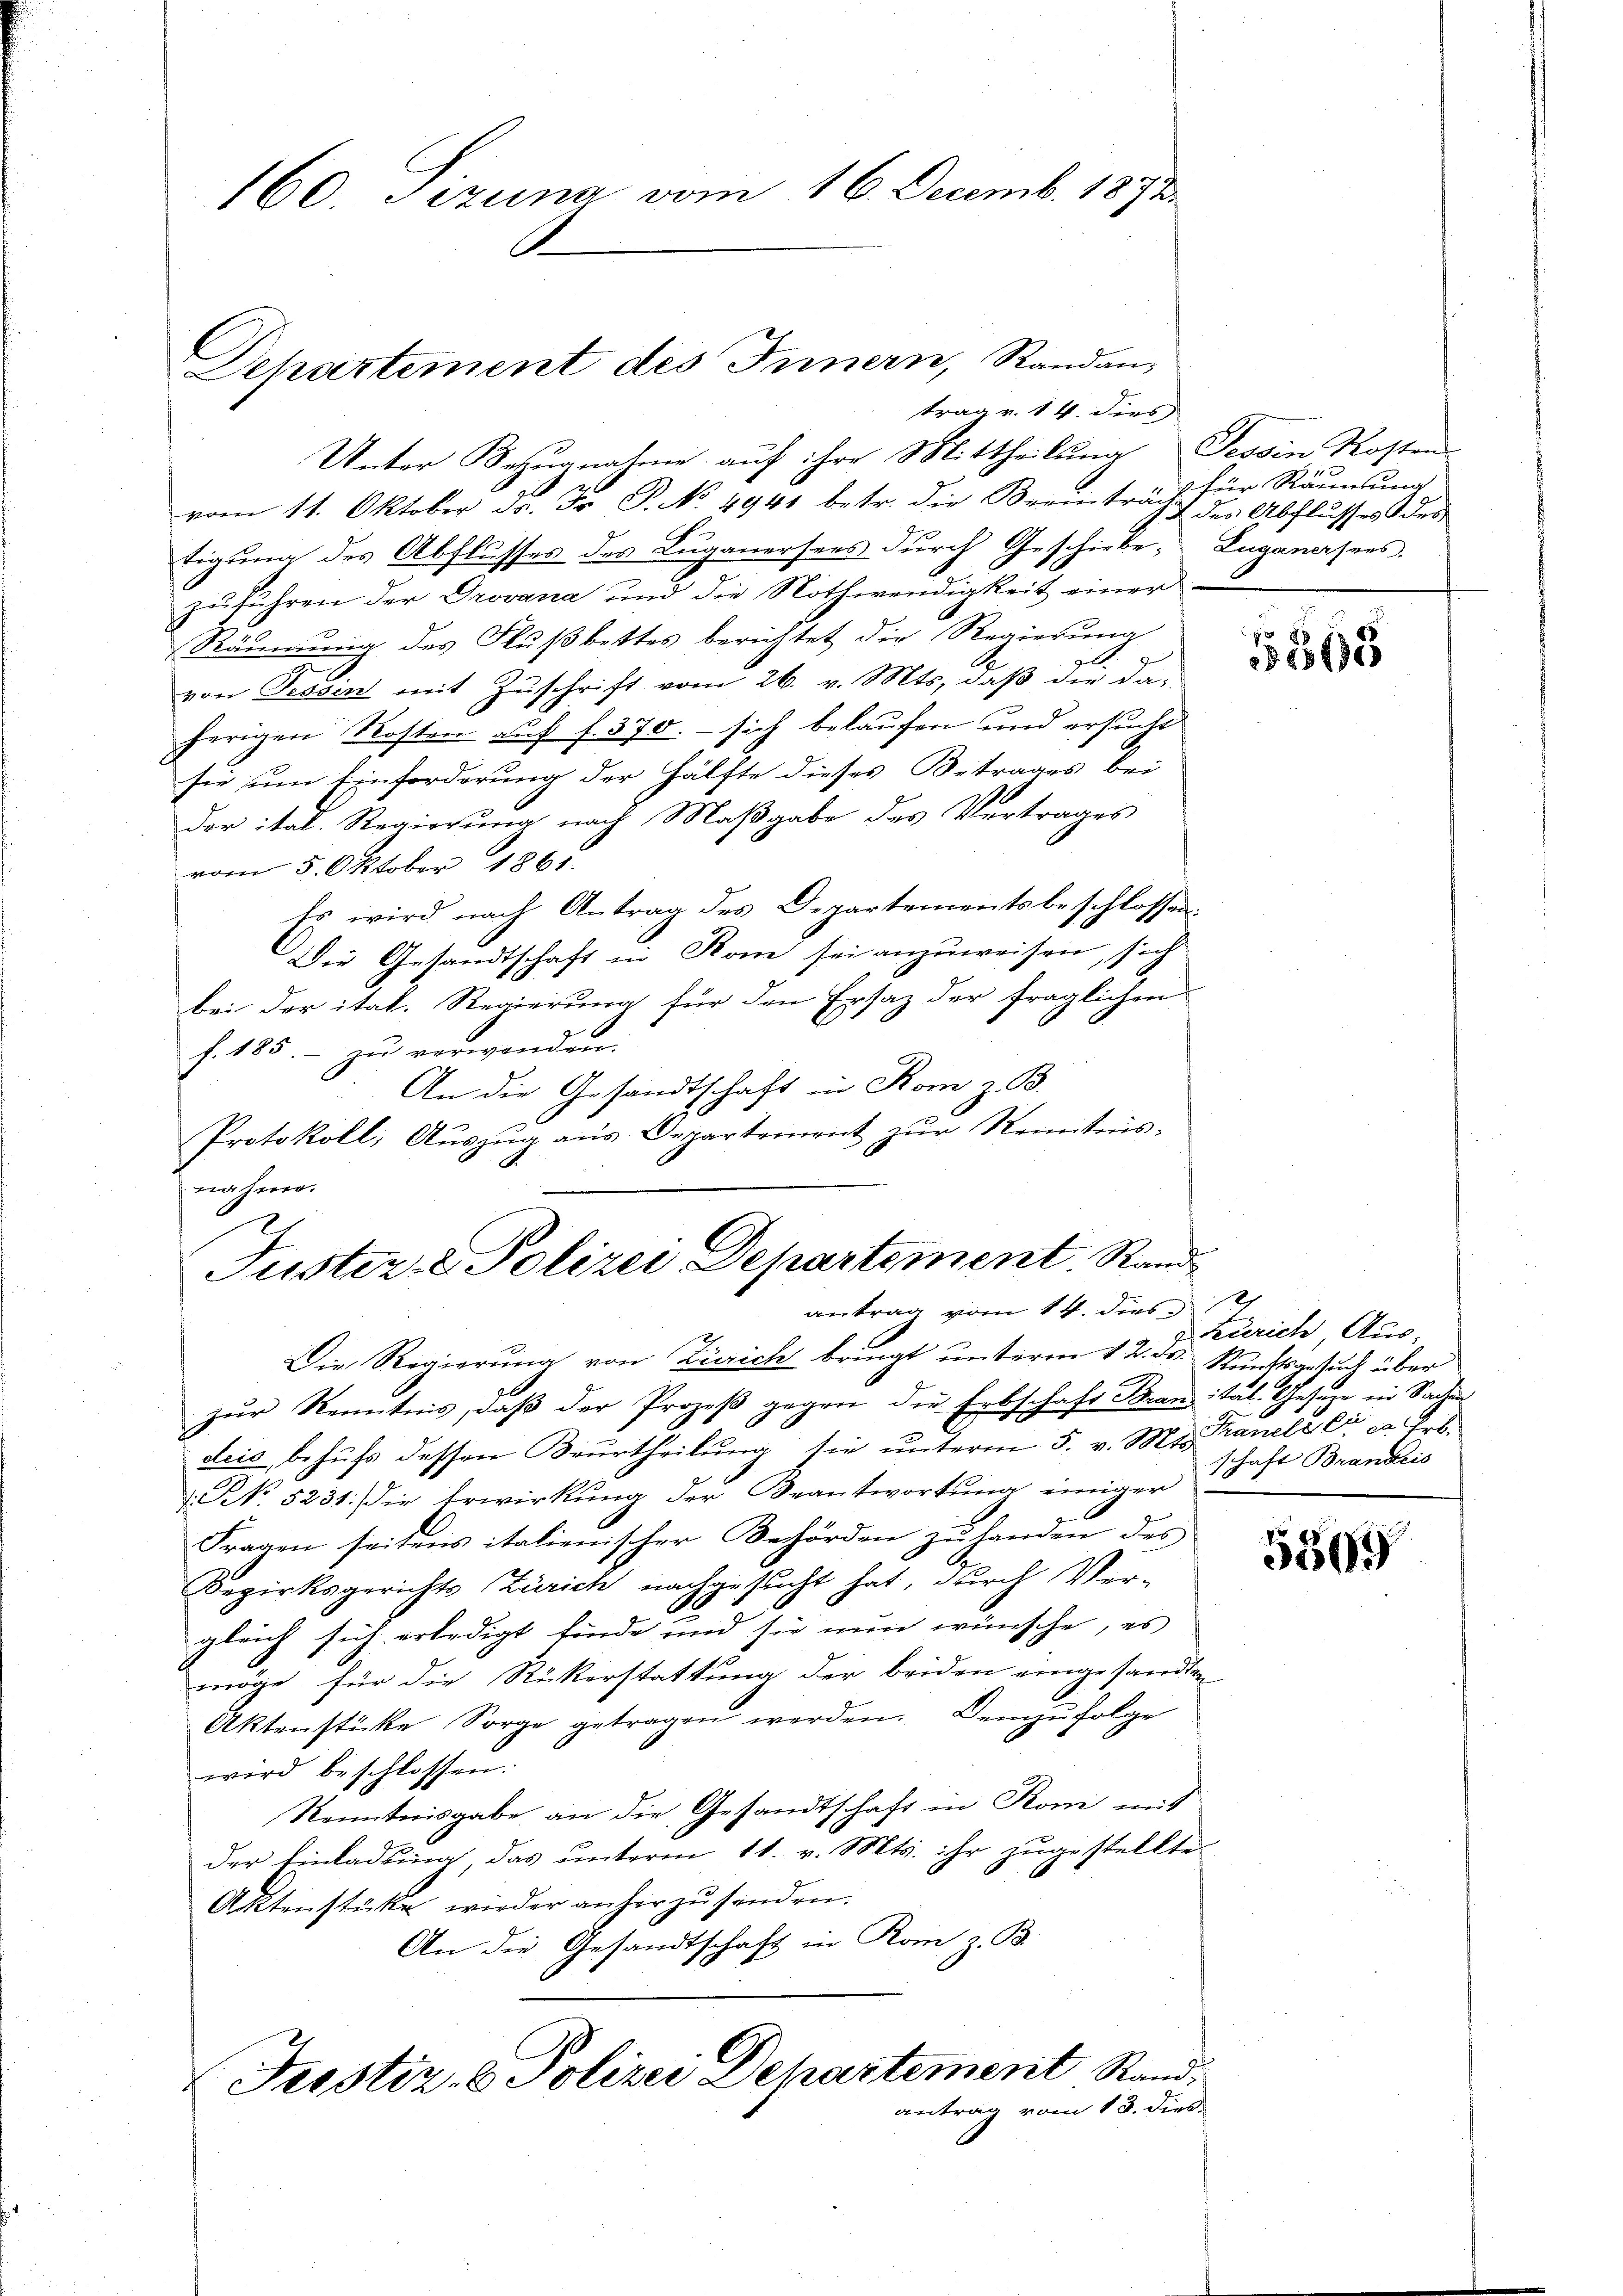
Departement des Innern, Randan-
trag v. 14. dies

160. Pizuna vom 16. Decemb. 1891.

Unter Bezugnahme auf ihre Mittheilung Tessin Kosten
2 x
vom 11. Oktober da. Fr. P. No. 4941 betr. die Beeinträcht der Abflusses des
tigung des Abflusses des Luganersees durch Geschicke, Zuganersees.
zuführen der Drovana und die Nothwendigkeit einer

Räumung des Flußbettes berichtet die Regierung
von Sessen mit Zuschrift vom 26. v. Mts. daß die daherigen Kosten auf f. 370. - sich belaufen und ersucht
sie um Einforderung der Hälfte dieses Betrages bei
der ital. Regierung nach Maßgabe des Vertrages
vom 5. Oktober 1861.
Es wird nach Antrag des Departementsbeschlossen¬
Die Gesandtschaft in Rom sei anzuweisen, sich
bei der ital. Regierung für den Ersatz der fraglichen
h. 185. - zu verwenden.
An die Gesandtschaft in Rom z. B.
Protokoll, Aŭszŭg aŭs Departement zŭr Renntnis-
Die Regierung von Zürich bringt unterm 12. ds. Runftsgesuch über
zur Kenntnis, daß der Prozeß gegen die Erbschaft Branitat. Gesetze in Sacher
deis behufs dessen Beurtheilung sie unterm 5. v. M. Branelzer da Erb¬
No. 5231. die Erwirkung der Beantwortung einiger
Fragen seitens italienischer Behörden zu handen des
Bezirksgerichts Zürich nachgesucht hat, durch Ver-
gleich sich erledigt finde und sie nun wünsche, es
möge, für die Rickerstattung der beiden eingesandten
Aktenstücke Sorge getragen werden. Demzufolge
wird beschlossen:
Kenntnisgabe an die Gesandtschaft in Roni mit
der Einladung, das ŭnterm 11. v. Mts. ihr zŭgestellte
Aktenstücke wieder anherzŭsenden.
An die Gesandtschaft in Rom z. B.
Justiz- & Polizei Departement Randantrag vom 13. dies

nahme.
Justiz- & Polizei Departement. Randantrag vom 14. dies

für Räumung

868

Zürich, Aus-
schaft Brandeis

5569